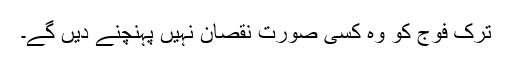
ترک فوج کو وہ کسی صورت نقصان نہیں پہنچنے دیں گے۔